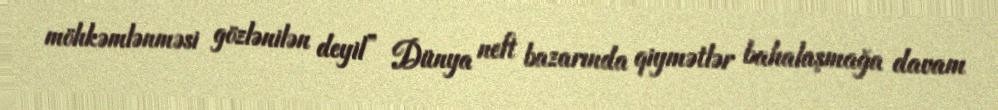
möhkəmlənməsi gözlənilən deyil” Dünya neft bazarında qiymətlər bahalaşmağa davam